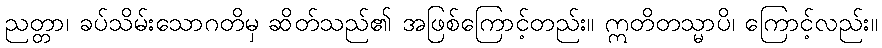
ညတ္တာ၊ ခပ်သိမ်းသောဂတိမှ ဆိတ်သည်၏ အဖြစ်ကြောင့်တည်း။ ဣတိတသ္မာပိ၊ ကြောင့်လည်း။